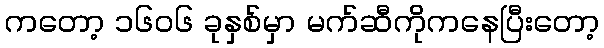
ကတော့ ၁၆၀၆ ခုနှစ်မှာ မက်ဆီကိုကနေပြီးတော့